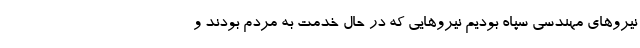
نیروهای مهندسی سپاه بودیم نیروهایی که در حال خدمت به مردم بودند و